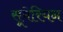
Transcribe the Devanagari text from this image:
सूमेरियन